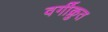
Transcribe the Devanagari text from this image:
वर्गीक्रुत